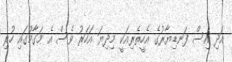
އަދި އިސް ފަނޑިޔާރުގެ އެހީތެރިއަކީ މިދިޔަ އަހަރު ވެސް އެ މަގާމުގައި ހުރި